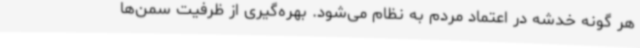
هر گونه خدشه در اعتماد مردم به نظام می‌شود. بهره‌گیری از ظرفیت سمن‌ها